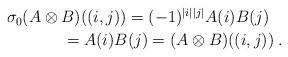
LaTeX: \begin{align*}\begin{multlined}\sigma_0(A\otimes B)((i,j))= (-1)^{|i||j|}A(i) B(j)\\ = A(i)B(j)=(A\otimes B)((i,j))\;.\end{multlined}\end{align*}